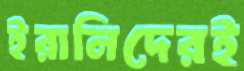
ইরানিদেরই